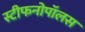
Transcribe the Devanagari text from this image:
स्टीफनोपॉलस